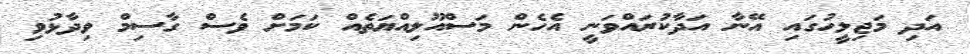
އަދި މަޖިލީހުގައި އޭނާ އަދާކުރައްވަނީ އެހެން މަސްއޫލިއްޔަތެއް ކަމަށް ވެސް ގާސިމް ވިދާޅުވި